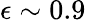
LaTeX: \epsilon\sim 0.9